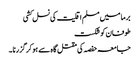
برما میں مسلم اقلیت کی نسل کشی
طوفان کو شکست
جامعہ حفصہ کی مقتل گا ہ سے ہو کر گزرنا ۔